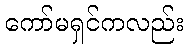
ကော်မရှင်ကလည်း